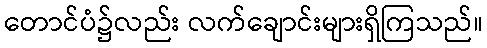
တောင်ပံ၌လည်း လက်ချောင်းများရှိကြသည်။